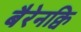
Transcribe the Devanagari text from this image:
बैरेनक्वि